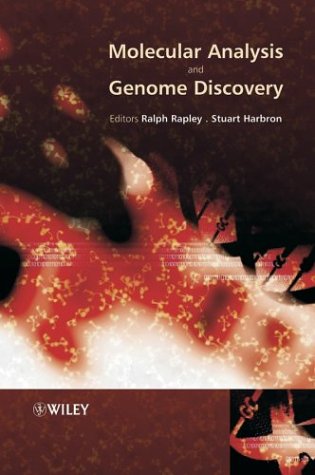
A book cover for Molecular Analysis and Genome Discovery; Medical Books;